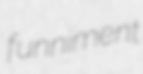
funniment